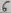
Text: 6